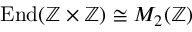
\operatorname { E n d } ( \mathbb { Z } \times \mathbb { Z } ) \cong M _ { 2 } ( \mathbb { Z } )